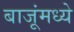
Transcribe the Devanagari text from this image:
बाजूंमध्ये